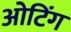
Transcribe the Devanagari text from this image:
ओटिंग